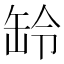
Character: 䍅